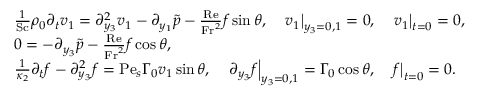
\begin{array} { r l } & { \frac { 1 } { \mathrm { S c } } \rho _ { 0 } \partial _ { t } v _ { 1 } = \partial _ { y _ { 3 } } ^ { 2 } v _ { 1 } - \partial _ { y _ { 1 } } \tilde { p } - \frac { \mathrm { R e } } { \mathrm { F r } ^ { 2 } } f \sin \theta , \quad \left. v _ { 1 } \right| _ { y _ { 3 } = 0 , 1 } = 0 , \quad \left. v _ { 1 } \right| _ { t = 0 } = 0 , } \\ & { 0 = - \partial _ { y _ { 3 } } \tilde { p } - \frac { \mathrm { R e } } { \mathrm { F r } ^ { 2 } } f \cos \theta , } \\ & { \frac { 1 } { \kappa _ { 2 } } \partial _ { t } f - \partial _ { y _ { 3 } } ^ { 2 } f = \mathrm { P e } _ { s } \Gamma _ { 0 } v _ { 1 } \sin \theta , \quad \left. \partial _ { y _ { 3 } } f \right| _ { y _ { 3 } = 0 , 1 } = \Gamma _ { 0 } \cos \theta , \quad \left. f \right| _ { t = 0 } = 0 . } \end{array}